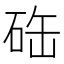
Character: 𥒋